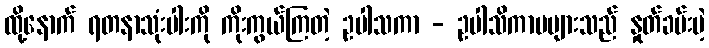
ထို့နောက် ရတနာသုံးပါးကို ကိုးကွယ်ကြတဲ့ ဥပါသကာ - ဥပါသိကာမများသည် နှုတ်ခမ်းပဲ့